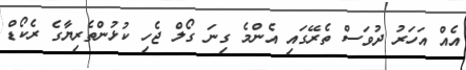
އެއް އަހަރު ދުވަސް ތެރޭގައި އެންމެ ގިނަ ގޯލް ޖެހި ކުޅުންތެރިޔާގެ ރެކޯޑް